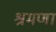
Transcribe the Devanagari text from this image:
श्रमणा